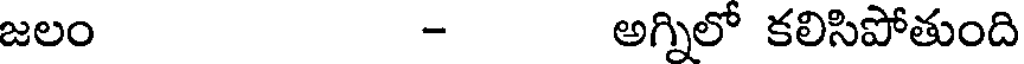
జలం - అగ్నిలో కలిసిపోతుంది